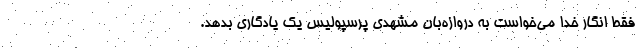
فقط انگار خدا می‌خواست به دروازه‌بان مشهدی پرسپولیس یک یادگاری بدهد.